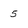
Character: 5